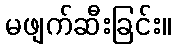
မဖျက်ဆီးခြင်း။